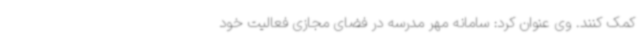
کمک کنند. وی عنوان کرد: سامانه مهر مدرسه در فضای مجازی فعالیت خود